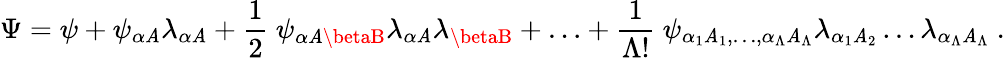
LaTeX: \Psi=\psi+\psi_{\alpha\mathit{A}}\lambda_{\alpha\mathit{A}}+\frac{{1}}{{2}}\ \psi_{\alpha\mathit{A}\betaB}\lambda_{\alpha\mathit{A}}\lambda_{\betaB}+{\dots}+\frac{{1}}{{\Lambda!}}\ \psi_{\alpha_{1}\mathit{A}_{1},\dots,\alpha_{\Lambda}\mathit{A}_{\Lambda}}\lambda_{\alpha_{1}\mathit{A}_{2}}\dots\lambda_{\alpha_{\Lambda}\mathit{A}_{\Lambda}}\ .